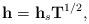
LaTeX: \begin{align*}\mathbf{h} = \mathbf{h}_s \mathbf{T}^{1/2},\end{align*}